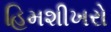
હિમશીખરો